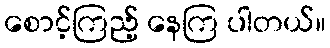
စောင့်ကြည့် နေကြ ပါတယ်။